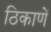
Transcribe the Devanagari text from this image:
ठिकाणें